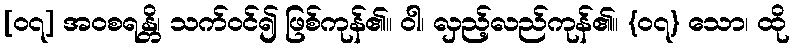
[၀၇] အဝစရန္တိ၊ သက်ဝင်၍ ဖြစ်ကုန်၏။ ဝါ၊ လှည့်လည်ကုန်၏။ {၀၇} သော၊ ထို